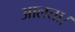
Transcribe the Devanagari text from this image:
आलता।